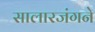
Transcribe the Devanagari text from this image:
सालारजंगने